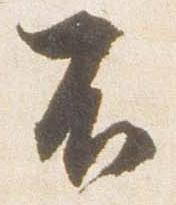
不